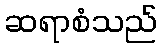
ဆရာစံသည်